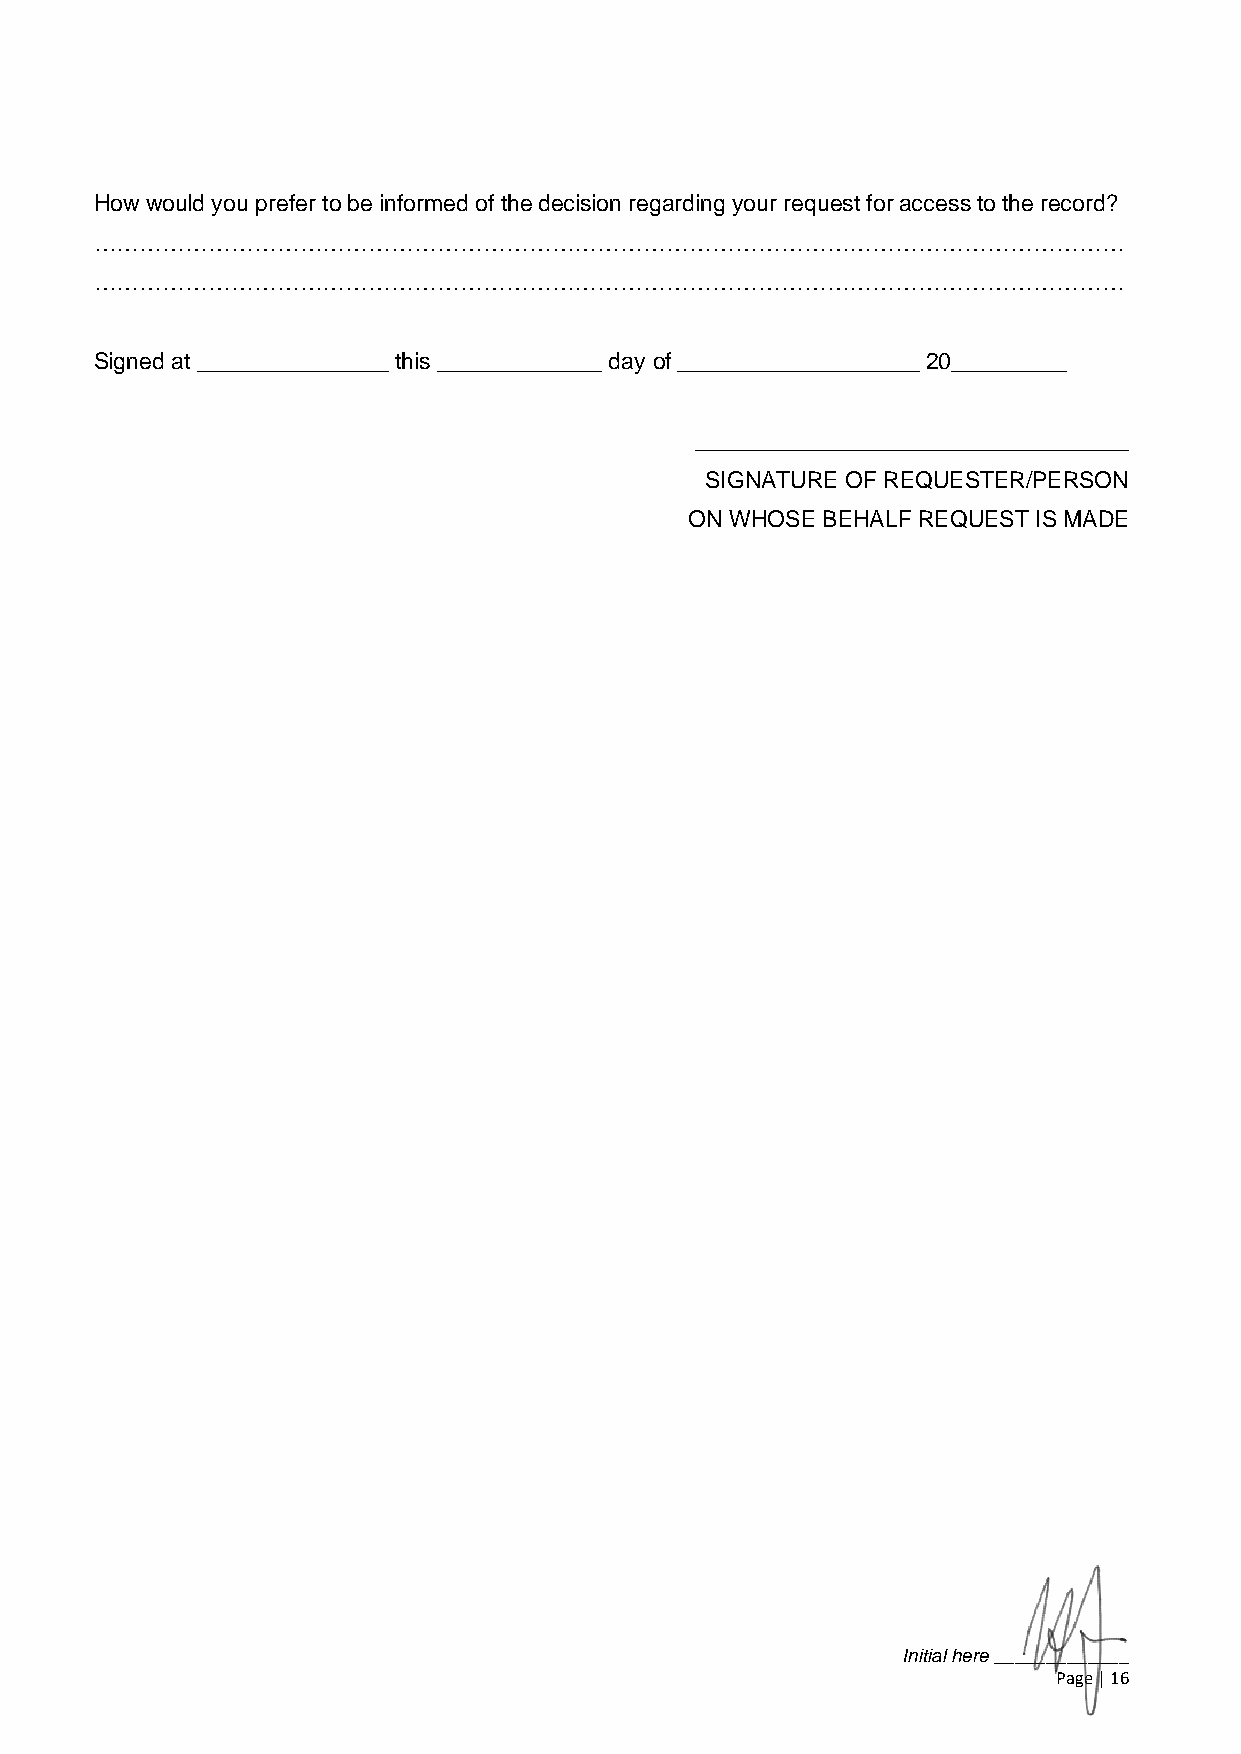
How would you prefer to be informed of the decision regarding your request for access to the record?
 ………………………………………………………………………………………………………………………
 ………………………………………………………………………………………………………………………
 Signed at _______________ this _____________ day of ___________________ 20_________
 __________________________________
 SIGNATURE OF REQUESTER/PERSON
 ON WHOSE BEHALF REQUEST IS MADE
 Initial here _____________
 Page | 16